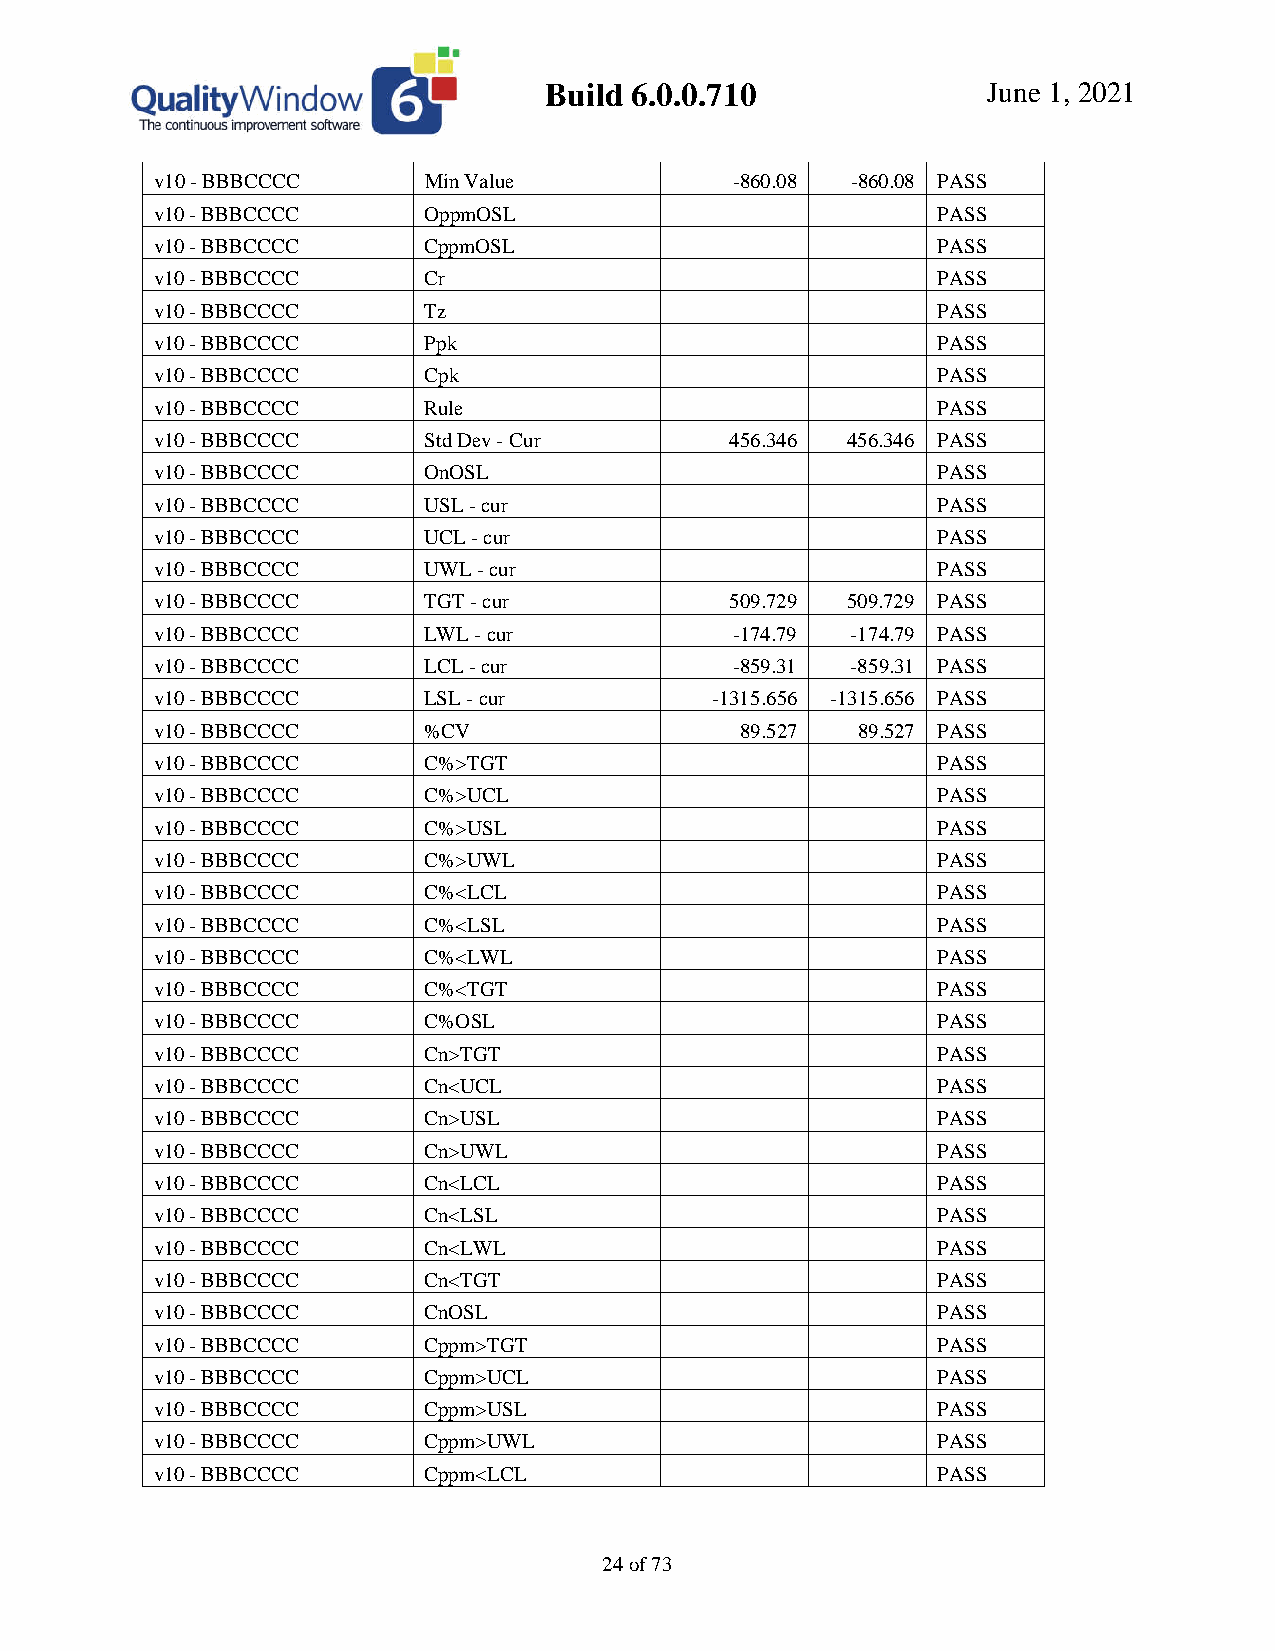
Build 6.0.0.710              June 1, 2021
 v10 - BBBCCCC     Min Value            -860.08 -860.08 PASS
 v10 - BBBCCCC     OppmOSL                           PASS
 v10 - BBBCCCC     CppmOSL                           PASS
 v10 - BBBCCCC     Cr                                PASS
 v10 - BBBCCCC     Tz                                PASS
 v10 - BBBCCCC     Ppk                               PASS
 v10 - BBBCCCC     Cpk                               PASS
 v10 - BBBCCCC     Rule                              PASS
 v10 - BBBCCCC     Std Dev - Cur       456.346 456.346 PASS
 v10 - BBBCCCC     OnOSL                             PASS
 v10 - BBBCCCC     USL - cur                         PASS
 v10 - BBBCCCC     UCL - cur                         PASS
 v10 - BBBCCCC     UWL - cur                         PASS
 v10 - BBBCCCC     TGT - cur           509.729 509.729 PASS
 v10 - BBBCCCC     LWL - cur            -174.79 -174.79 PASS
 v10 - BBBCCCC     LCL - cur            -859.31 -859.31 PASS
 v10 - BBBCCCC     LSL - cur          -1315.656 -1315.656 PASS
 v10 - BBBCCCC     %CV                  89.527  89.527 PASS
 v10 - BBBCCCC     C%>TGT                            PASS
 v10 - BBBCCCC     C%>UCL                            PASS
 v10 - BBBCCCC     C%>USL                            PASS
 v10 - BBBCCCC     C%>UWL                            PASS
 v10 - BBBCCCC     C%<LCL                            PASS
 v10 - BBBCCCC     C%<LSL                            PASS
 v10 - BBBCCCC     C%<LWL                            PASS
 v10 - BBBCCCC     C%<TGT                            PASS
 v10 - BBBCCCC     C%OSL                             PASS
 v10 - BBBCCCC     Cn>TGT                            PASS
 v10 - BBBCCCC     Cn<UCL                            PASS
 v10 - BBBCCCC     Cn>USL                            PASS
 v10 - BBBCCCC     Cn>UWL                            PASS
 v10 - BBBCCCC     Cn<LCL                            PASS
 v10 - BBBCCCC     Cn<LSL                            PASS
 v10 - BBBCCCC     Cn<LWL                            PASS
 v10 - BBBCCCC     Cn<TGT                            PASS
 v10 - BBBCCCC     CnOSL                             PASS
 v10 - BBBCCCC     Cppm>TGT                          PASS
 v10 - BBBCCCC     Cppm>UCL                          PASS
 v10 - BBBCCCC     Cppm>USL                          PASS
 v10 - BBBCCCC     Cppm>UWL                          PASS
 v10 - BBBCCCC     Cppm<LCL                          PASS
 24 of 73